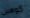
كوهين